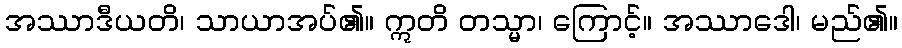
အဿာဒီယတိ၊ သာယာအပ်၏။ ဣတိ တသ္မာ၊ ကြောင့်။ အဿာဒေါ၊ မည်၏။